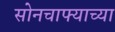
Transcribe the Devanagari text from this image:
सोनचाफ्याच्या